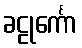
ခဠုင်္ကော